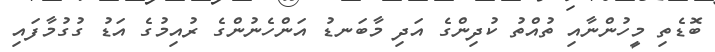
ބޮޑެތި މީހުންނާއި ތުއްތު ކުދިންގެ އަދި މާބަނޑު އަންހެނުންގެ ރުއިމުގެ އަޑު ގުގުމާފައި